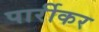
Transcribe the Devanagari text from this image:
पार्रीकर